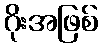
ဂိုးအဖြစ်